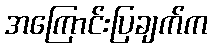
အကြောင်းပြချက်က